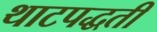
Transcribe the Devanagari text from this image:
थाटपद्धती